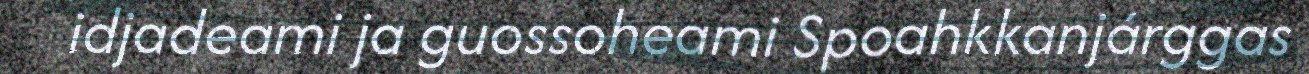
idjadeami ja guossoheami Spoahkkanjárggas